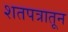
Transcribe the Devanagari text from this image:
शतपत्रातून